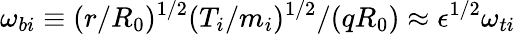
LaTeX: \omega_{bi}\equiv(r/R_{0})^{1/2}(T_{i}/m_{i})^{1/2}/(qR_{0})\approx\epsilon^{1/2}\omega_{ti}